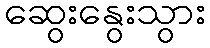
ဆွေးနွေးသွား